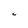
Character: C